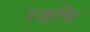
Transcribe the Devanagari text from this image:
रजचि